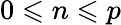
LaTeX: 0\leqslant n\leqslant p